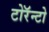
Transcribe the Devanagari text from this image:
टोरॅन्टो